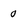
Character: 0